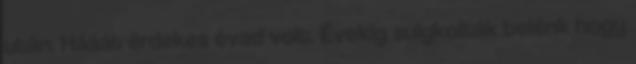
után. Hááát érdekes évad volt. Évekig sulykolták belénk hogy